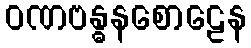
ဝဏဗန္ဓနစောဠေန